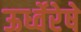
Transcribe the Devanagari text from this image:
ऊर्ध्वेरेषे